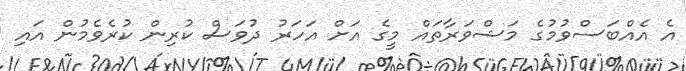
އެ އެއްބަސްވުމުގެ މަޝްވަރާތައް މީގެ އަށް އަހަރު ދުވަސް ކުރިން ކުރެވެމުން އައި